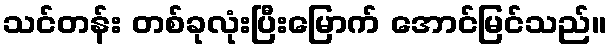
သင်တန်း တစ်ခုလုံးပြီးမြောက် အောင်မြင်သည်။